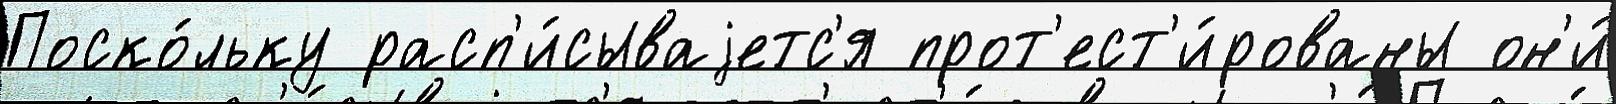
Поско́льку расп'и́сываjетс'я прот'ест'и́рованы он'и́